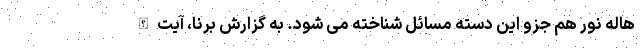
هاله نور هم جزو این دسته مسائل شناخته می شود. به گزارش برنا، آیت الله